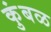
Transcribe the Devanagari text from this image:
कुंबळ